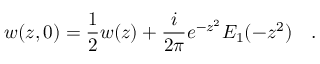
w ( z , 0 ) = \frac { 1 } { 2 } w ( z ) + \frac { i } { 2 \pi } e ^ { - z ^ { 2 } } E _ { 1 } ( - z ^ { 2 } ) \quad .